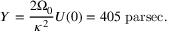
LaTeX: Y = { \frac { 2 \Omega _ { 0 } } { \kappa ^ { 2 } } } U ( 0 ) = 4 0 5 { \mathrm { ~ p a r s e c } } .